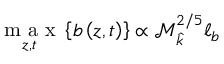
\underset { z , t } { \mathrm { ~ m ~ a ~ x ~ } } \left\{ b \left( z , t \right) \right\} \propto \mathcal { M } _ { \widehat { k } } ^ { 2 / 5 } \ell _ { b }